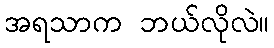
အရသာက ဘယ်လိုလဲ။